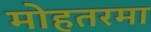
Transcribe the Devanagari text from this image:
मोहतरमा